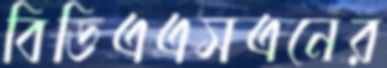
বিডিএএসএনের